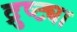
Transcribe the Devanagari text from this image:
द्रुष्ट्या